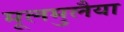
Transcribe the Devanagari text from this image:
मूलमुलैया